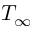
T _ { \infty }